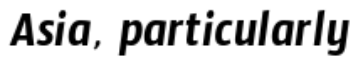
Asia, particularly